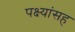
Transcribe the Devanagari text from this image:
पक्ष्यांसह